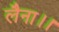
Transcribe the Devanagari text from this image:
लैना।।